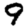
Digit: 9